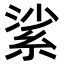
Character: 𦀟